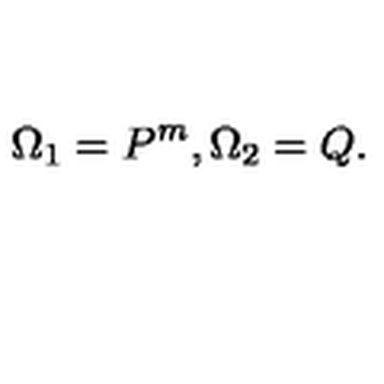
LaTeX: \Omega _ { 1 } = P ^ { m } , \Omega _ { 2 } = Q .